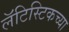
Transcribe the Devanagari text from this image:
लॅटिस्टिकच्या